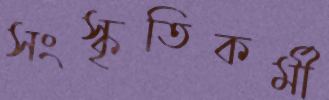
সংস্কৃতিকর্মী